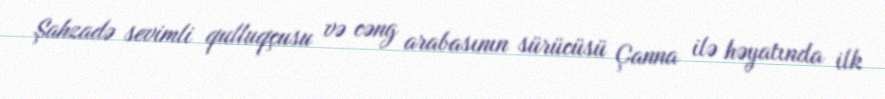
Şahzadə sevimli qulluqçusu və cəng arabasının sürücüsü Çanna ilə həyatında ilk